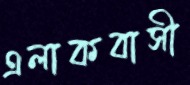
এলাকবাসী